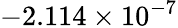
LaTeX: -2.114\times 10^{-7}